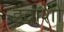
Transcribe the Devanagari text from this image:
इंद्राशी